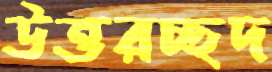
উত্তরচ্ছদ